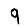
Digit: 9